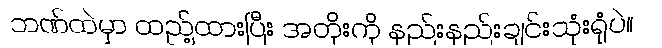
ဘဏ်ထဲမှာ ထည့်ထားပြီး အတိုးကို နည်းနည်းချင်းသုံးရုံပဲ။